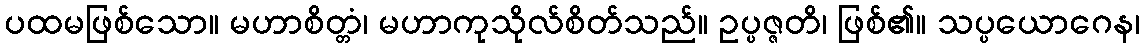
ပထမဖြစ်သော။ မဟာစိတ္တံ၊ မဟာကုသိုလ်စိတ်သည်။ ဥပ္ပဇ္ဇတိ၊ ဖြစ်၏။ သပ္ပယောဂေန၊